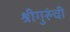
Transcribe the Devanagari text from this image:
श्रीगुरुंंची